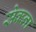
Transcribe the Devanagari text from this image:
सेकना